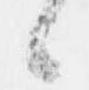
候